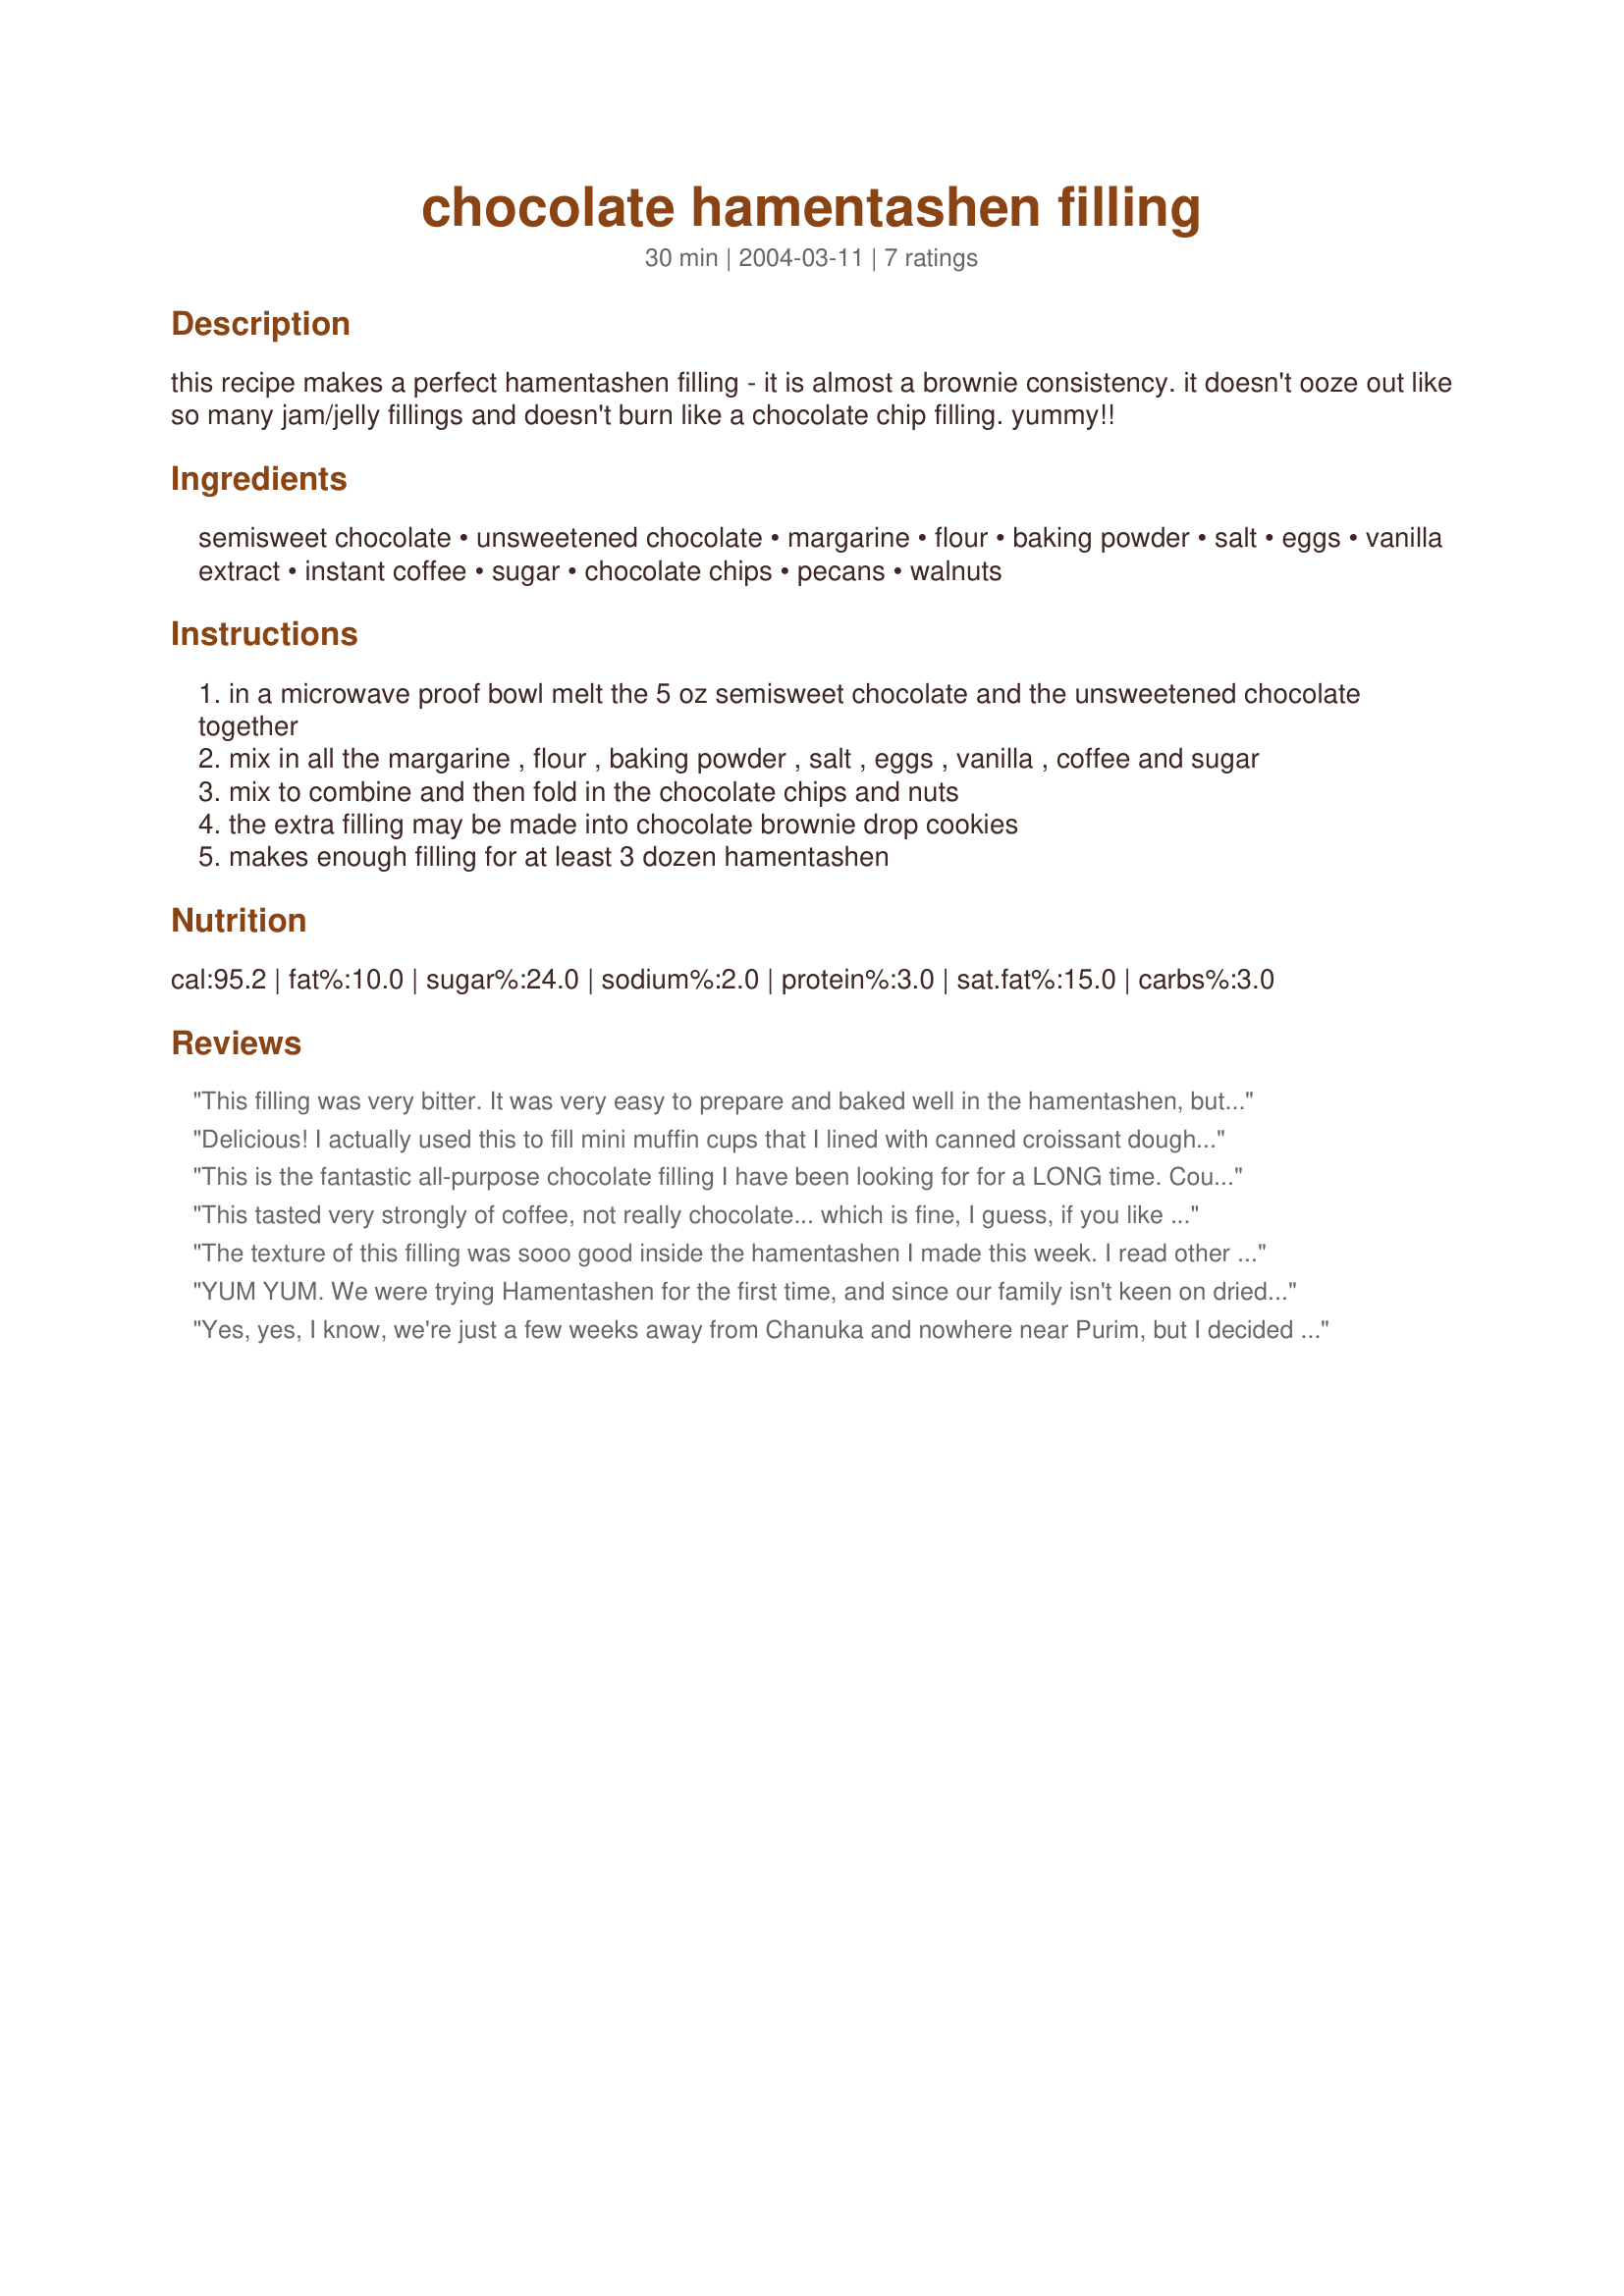
chocolate hamentashen filling
Preparation time: 30 minutes

this recipe makes a perfect hamentashen filling - it is almost a brownie consistency. it doesn't ooze out like so many jam/jelly fillings and doesn't burn like a chocolate chip filling. yummy!!

Ingredients:
semisweet chocolate, unsweetened chocolate, margarine, flour, baking powder, salt, eggs, vanilla extract, instant coffee, sugar, chocolate chips, pecans, walnuts

Steps:
in a microwave proof bowl melt the 5 oz semisweet chocolate and the unsweetened chocolate together
mix in all the margarine , flour , baking powder , salt , eggs , vanilla , coffee and sugar
mix to combine and then fold in the chocolate chips and nuts
the extra filling may be made into chocolate brownie drop cookies
makes enough filling for at least 3 dozen hamentashen

Reviews:
This filling was very bitter. It was very easy to prepare and baked well in the hamentashen, but next time I'll omit the coffee and add sugar.
Delicious! I actually used this to fill mini muffin cups that I lined with canned croissant dough. Yummy! I can't wait to try it inside Hamentaschen. The instant coffee really adds a great flavor to the chocolate. Oh, and it was really easy and fast to whip up. Thanks for sharing!
This is the fantastic all-purpose chocolate filling I have been looking for for a LONG time. Could easily be adapted to fill babkas, rogelach, etc., as every other filling I've tried tends to vanish during baking.<br/>I was about to use chocolate chips in my hamentashen, but this recipe made me glad I hadn't. This filling is gooey, rich and delicious... just the thing with this year's avant-garde gingerbread hamentashen!<br/>I melted the margarine & chocolate together in a pot while beating the remaining ingredients together in a separate bowl with a hand mixer. Then, I just poured in the chocolate and margarine and mixed the whole thing together until it was evenly mixed.<br/>Very sticky and tough to handle when dropping into hamentashen, but amazingly delicious results. THANKS!<br/>Edited Purim 2012 to add: Still loving this recipe, which I made today without the chocolate chips or nuts. HOWEVER... because of the baking powder, the filling expands. This is good because a ball will grow to fill all the space inside the hamentash. This is bad, however, because it pushes the hamentash open - all the ones with chocolate have split and look misshapen. Still delicious, though!
This tasted very strongly of coffee, not really chocolate... which is fine, I guess, if you like coffee. Maybe it was because I tried to put too much of the filling into each one, but mine did sort of "ooze" ... they tasted fine, though. I still think it's easier to use ovenproof fruit spreads! It was interesting, at least. Thanks for posting.
The texture of this filling was sooo good inside the hamentashen I made this week. I read other reviews and decreased the coffee to 1/2 tsp. and increased the sugar to 1 cup. With these changes the filling was just the right sweetness for me and the coffee was not overpowering. The filling stayed inside well with no overflow. I will be using this recipe again. Thank you for a great recipe.
YUM YUM. We were trying Hamentashen for the first time, and since our family isn't keen on dried fruit fillings, I was looking forward to trying this. WONDERFUL. I think a filling like this is kind to first timers, since even with our inexperience, we didn't have any spilling over.
I didn't have any semi or unsweetened chocolate, so used a butter/cocoa substitution, but didn't add to the sugar. I also used cold coffee that hadn't been finished off that morning instead of instant coffee. Skipped the nuts this time, but will definately try next time.
The leftover filling was great as a cookie by itself. I may whip up a batch of this just for that!
Yes, yes, I know, we're just a few weeks away from Chanuka and nowhere near Purim, but I decided to try this filling out on some yeast pastry, and I'm glad I did. I used a simple sweet dough. I coarsely ground the pecans, and instead of walnuts I just doubled up on the pecans. I rolled these up and cut them into spirals. Delicious! I can't wait to try these come Purim time!
